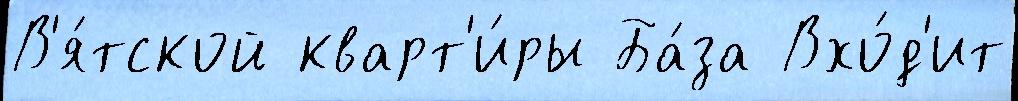
В'я́тской кварт'и́ры Ба́за Вхо́д'ит